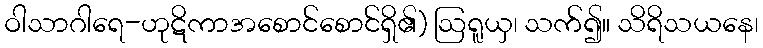
ဝါသာဂါရေ-ဟုဋိကာအစောင်စောင်ရှိ၏) ဩရူယှ၊ သက်၍။ သိရိသယနေ၊